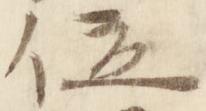
位